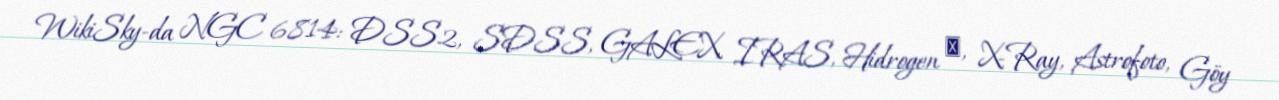
WikiSky-da NGC 6814: DSS2, SDSS, GALEX, IRAS, Hidrogen α, X-Ray, Astrofoto, Göy